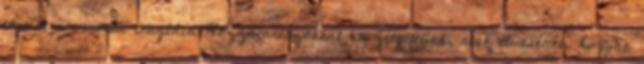
történt a veronai tragédia Hozzátartozókkal beszélgettünk, akik elmesélték, hogyan